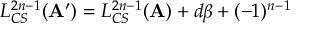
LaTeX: L _ { C S } ^ { 2 n - 1 } ( { \bf A } ^ { \prime } ) = L _ { C S } ^ { 2 n - 1 } ( { \bf A } ) + d \beta + ( - 1 ) ^ { n - 1 }